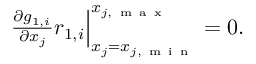
\begin{array} { r } { \frac { \partial g _ { 1 , i } } { \partial x _ { j } } r _ { 1 , i } \Big | _ { x _ { j } = x _ { j , \mathrm { ~ m ~ i ~ n ~ } } } ^ { x _ { j , \mathrm { ~ m ~ a ~ x ~ } } } = 0 . } \end{array}